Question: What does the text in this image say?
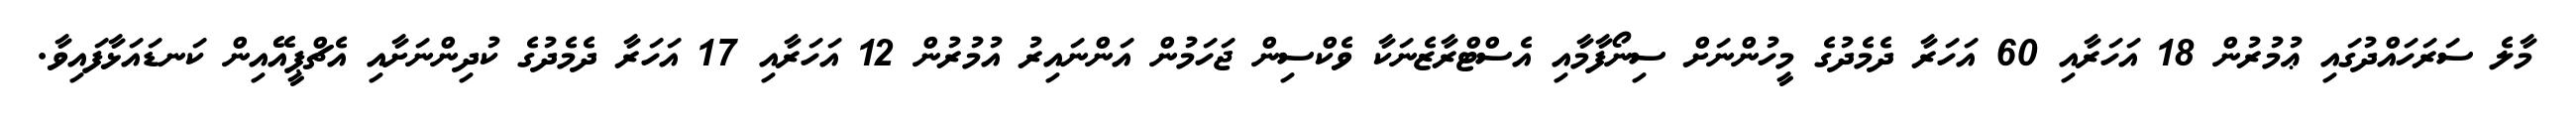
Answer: މާލެ ސަރަހައްދުގައި ޢުމުރުން 18 އަހަރާއި 60 އަހަރާ ދެމެދުގެ މީހުންނަށް ސިނޯފާމާއި އެސްޓްރާޒެނަކާ ވެކްސިން ޖަހަމުން އަންނައިރު އުމުރުން 12 އަހަރާއި 17 އަހަރާ ދެމެދުގެ ކުދިންނަށާއި އެޗްޕީއޭއިން ކަނޑައަޅާފައިވާ.